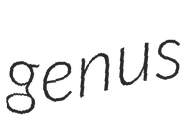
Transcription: genus